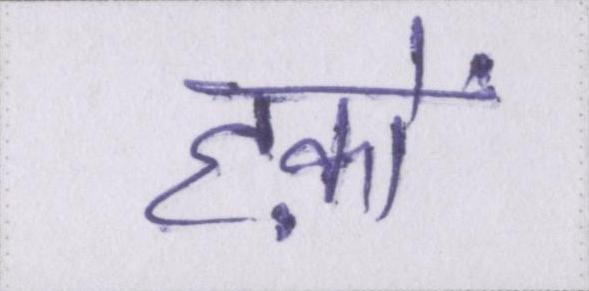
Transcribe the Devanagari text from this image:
हक़ों